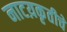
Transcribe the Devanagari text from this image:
नाटय़कृतीचे